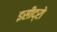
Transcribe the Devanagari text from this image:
इसीद्रो